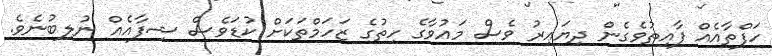
ހަފްތާއެއް ފާއިތުވެގެން ދިޔައިރު ވެސް މައުވާގެ ހިތުގެ ޒަހަމްތަކަށް ކުޑަވެސް ޝިފާއެއް ނުލިބުނެވެ.